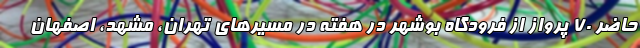
حاضر ۷۰ پرواز از فرودگاه بوشهر در هفته در مسیرهای تهران، مشهد، اصفهان